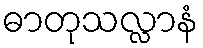
ဓာတုသလ္လာနံ